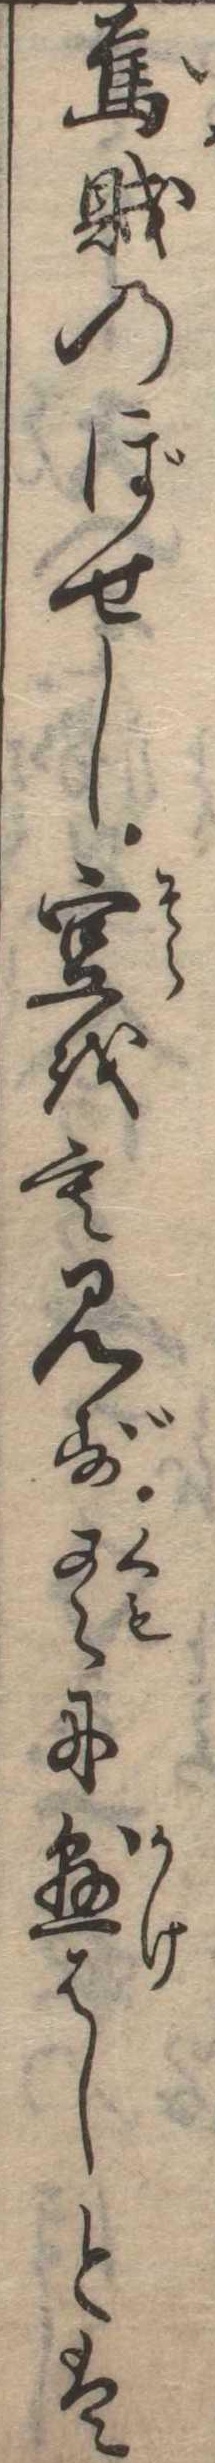
烏賊のぼせし空をも見ず雲に懸はしとは